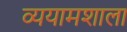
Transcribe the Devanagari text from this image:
व्ययामशाला